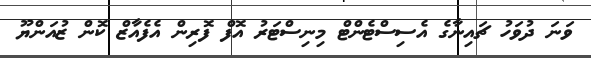
ވަނަ ދުވަހު ޗައިނާގެ އެސިސްޓެންޓް މިނިސްޓަރު އޮފް ފޮރިން އެފެއާޒް ކޮން ޒުއަންޔޫ